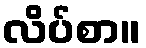
လိပ်စာ။